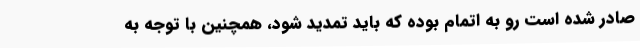
صادر شده است رو به اتمام بوده که باید تمدید شود، همچنین با توجه به